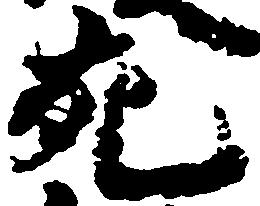
充